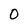
Character: O